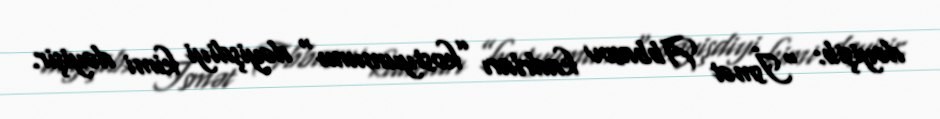
dəyişib: “İsmət Abbasov kadrları ”kostyumunu" dəyişdiyi kimi dəyişir.